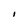
Character: I